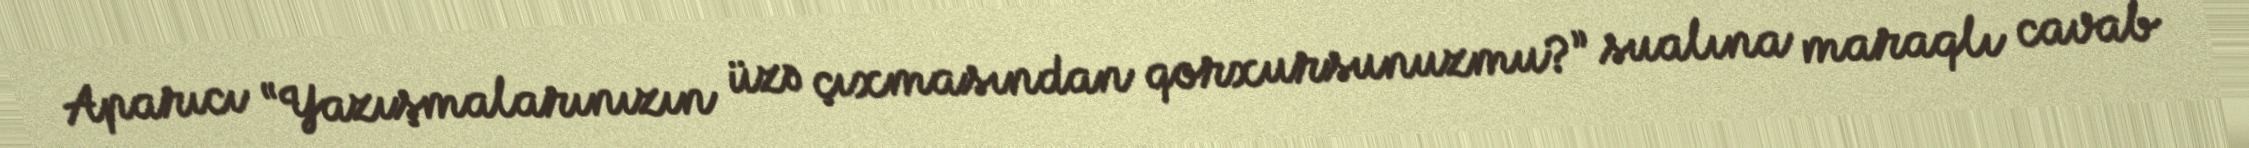
Aparıcı “Yazışmalarınızın üzə çıxmasından qorxursunuzmu?” sualına maraqlı cavab